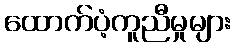
ထောက်ပံ့ကူညီမှုများ